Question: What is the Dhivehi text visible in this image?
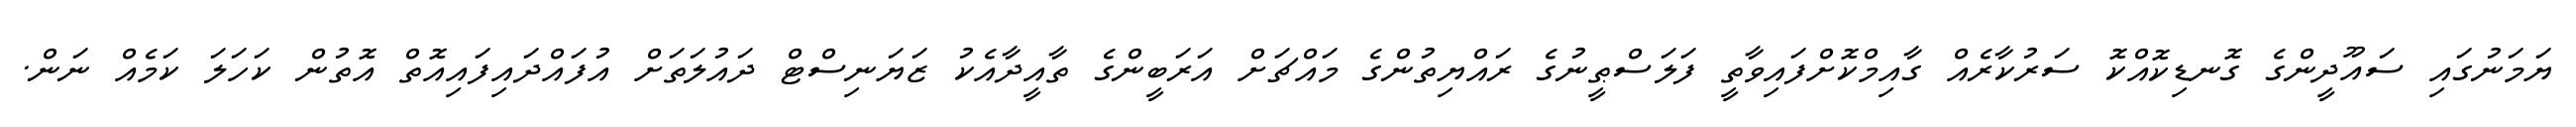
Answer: ޔަމަނުގައި ސައޫދީންގެ ގޮނޑިކޮއްކޮ ސަރުކާރެއް ގާއިމްކޮށްފައިވާތީ ފަލަސްޠީނުގެ ރައްޔިތުންގެ މައްޗަށް އަރަބީންގެ ތާއީދާއެކު ޒަޔަނިސްޓް ދައުލަތަށް އުފައްދައިފައިއޮތް އޮތުން ކަހަލަ ކަމެއް ނަން.